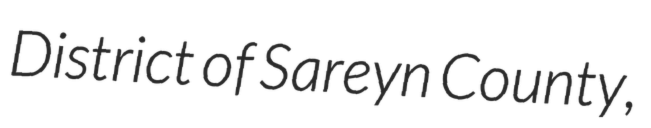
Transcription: District of Sareyn County,